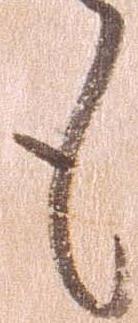
も